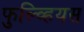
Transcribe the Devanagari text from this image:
फुल्व्हियस